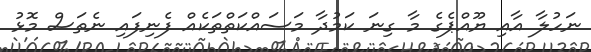
ނަހުލާ އާއި ޔޫއްޕެގެ މާ ގިނަ ކަމުދާ މަސައްކަތްތަކެއް ފެނިފައި ނެތަސް މޮޅު